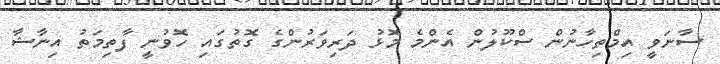
ސާނަވީ އިމްތިހާނުން ސްކޫލުން އެންމެ މޮޅު ދަރިވަރުންގެ ގޮތުގައި ހޮވުނީ ފާތިމަތު އިނާޝާ